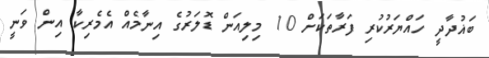
ބަޣުދާދީ ހައްޔަރުކުރި ފަރާތަކަށް 10 މިލިއަން ޑޮލަރުގެ އިނާމެއް އެމެރިކާ އިން ވަނީ